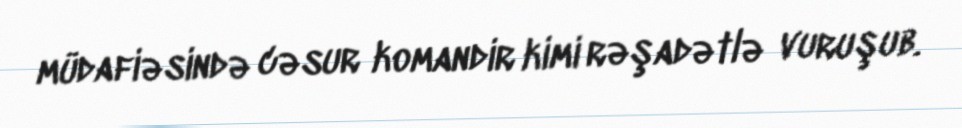
müdafiəsində cəsur komandir kimi rəşadətlə vuruşub.